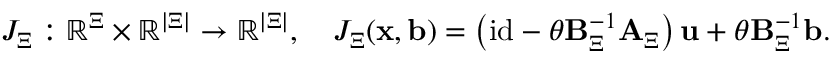
\begin{array} { r } { { J } _ { \Xi } : \mathbb { R } ^ { \Xi } \times \mathbb { R } ^ { | \Xi | } \to \mathbb { R } ^ { | \Xi | } , \quad { J } _ { \Xi } ( \boldsymbol { \mathbf { x } } , \boldsymbol { \mathbf { b } } ) = \left( \mathrm { i d } - \theta \boldsymbol { \mathbf { B } } _ { \Xi } ^ { - 1 } \boldsymbol { \mathbf { A } } _ { \Xi } \right) \boldsymbol { \mathbf { u } } + \theta \boldsymbol { \mathbf { B } } _ { \Xi } ^ { - 1 } \boldsymbol { \mathbf { b } } . } \end{array}